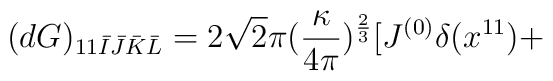
(dG)_{11 \bar{I} \bar{J} \bar{K} \bar{L}}= 2 \sqrt{2} \pi  (\frac{\kappa}{4 \pi})^{\frac{2}{3}} [J^{(0)}\delta(x^{11}) +